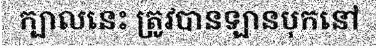
ក្បាលនេះ ត្រូវបានឡានបុកនៅ